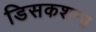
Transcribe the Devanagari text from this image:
डिसकशन्स